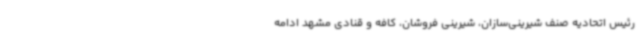
رئیس اتحادیه صنف شیرینی‌سازان، شیرینی فروشان، کافه و قنادی مشهد ادامه